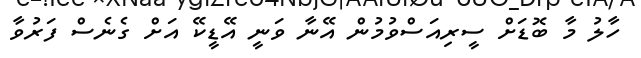
ހާލު މާ ބޮޑަށް ސީރިއަސްވުމުން އޭނާ ވަނީ އޭޑީކޭ އަށް ގެނެސް ފަރުވާ